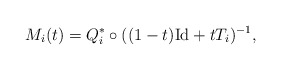
\begin{align*}M_i(t) = Q^*_i \circ ((1-t) \mathrm{Id} + t T_i)^{-1}, \end{align*}